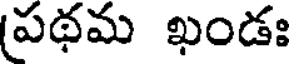
(పథమ ఖండః